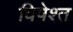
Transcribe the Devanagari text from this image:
विषेश्त